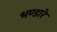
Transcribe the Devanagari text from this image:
भण्‍डारे